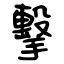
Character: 擊